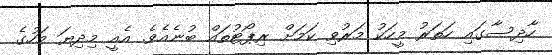
ހާދިސާގައި ހަތަރު މީހަކު މަރުވި ކަމަށް ރިޕޯޓުތައް ބުނެއެވެ. އެއީ މިދިޔަ މަހުގެ